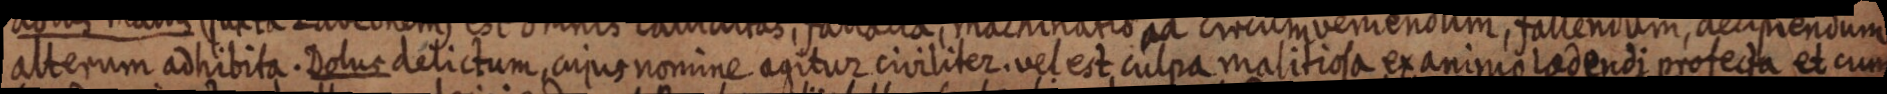
alterum adhibita. Dolus delictum, cujus nomine agitur civiliter. vel est culpa malitiosa ex animo ladendi profecta et cum